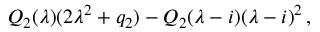
Q _ { 2 } ( \lambda ) ( 2 \lambda ^ { 2 } + q _ { 2 } ) - Q _ { 2 } ( \lambda - i ) ( \lambda - i ) ^ { 2 } \, ,